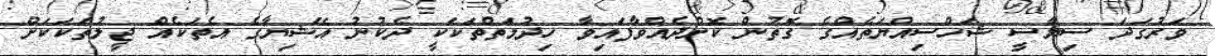
ވަރުގަދަ ސިޔާސީ ޝަހްސިއްޔަތެއްގެ ގޮތުން ކޮށްދެއްވާފައިވާ ހިދުމަތްތަކަކީ ދެކުނު އޭޝިޔާގެ އެތަކެއް ޖީލުތަކަކަށް